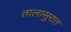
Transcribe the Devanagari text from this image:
तालासुरात